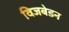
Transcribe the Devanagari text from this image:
विजबेडन